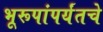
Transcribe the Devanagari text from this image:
भूरूपांपर्यंतचे